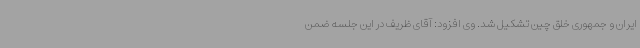
ایران و جمهوری خلق چین تشکیل شد. وی افزود: آقای ظریف در این جلسه ضمن